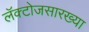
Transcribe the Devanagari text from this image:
लॅक्टोजसारख्या